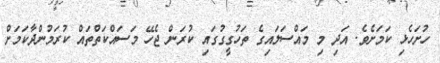
ހުށަހެޅި ކަމަށެެވެ. އަދި މި މައްސަލައިގެ ތަހުގީގުގައި ކުރަން ޖެހޭ މަސައްކަތްތައް ކުރަމުންދާކަމަށް